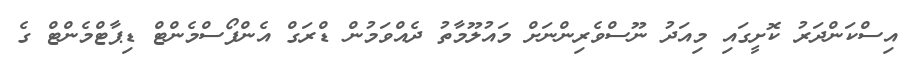
އިސްކަންދަރު ކޮށީގައި މިއަދު ނޫސްވެރިންނަށް މައުލޫމާތު ދެއްވަމުން ޑްރަގް އެންފޯސްމެންޓް ޑިޕާޓްމެންޓް ގެ